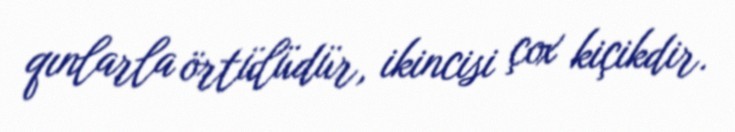
qınlarla örtülüdür, ikincisi çox kiçikdir.